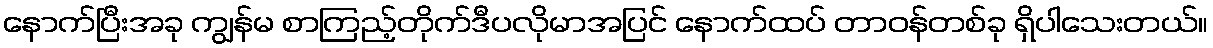
နောက်ပြီးအခု ကျွန်မ စာကြည့်တိုက်ဒီပလိုမာအပြင် နောက်ထပ် တာဝန်တစ်ခု ရှိပါသေးတယ်။